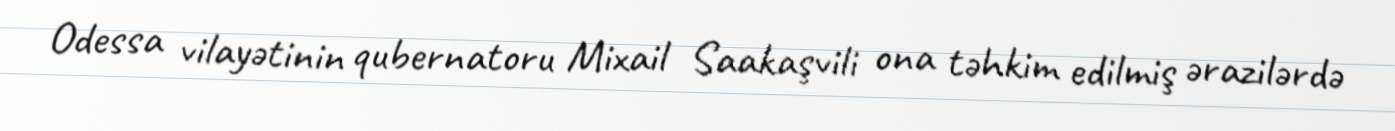
Odessa vilayətinin qubernatoru Mixail Saakaşvili ona təhkim edilmiş ərazilərdə